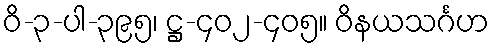
ဝိ-၃-ပါ-၃၉၅၊ ဋ္ဌ-၄၀၂-၄၀၅။ ဝိနယသင်္ဂဟ